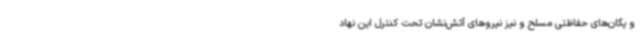
و یگان‌های حفاظتی مسلح و نیز نیروهای آتش‌نشان تحت کنترل این نهاد